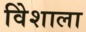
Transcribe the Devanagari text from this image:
विेशाला